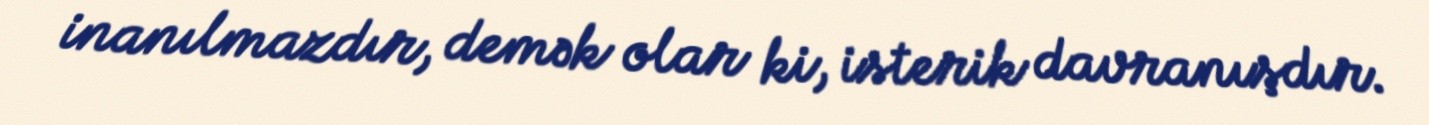
inanılmazdır, demək olar ki, isterik davranışdır.